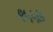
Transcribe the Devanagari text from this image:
९५५७